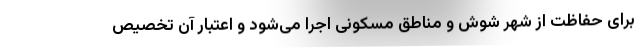
برای حفاظت از شهر شوش و مناطق مسکونی اجرا می‌شود و اعتبار آن تخصیص